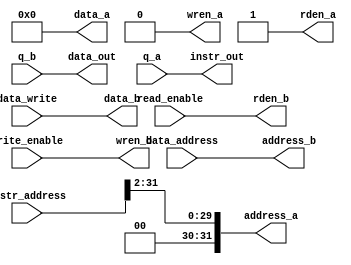
module memory_interface(

	// Processor Side Interface
		// Instruction Interface
		input		[31:0]	instr_address,
		
		output	[31:0]	instr_out,
		
		// Data Interface
		input		[31:0]	data_address,
		input		[31:0]	data_write,
		input					write_enable,
		input					read_enable,
		
		output	[31:0]	data_out,
	
	// Memory Side Interface
		// Instruction interface
		output	[31:0]	data_a,
		output	[31:0]	address_a,
		output				wren_a,
		output				rden_a,
		
		input		[31:0]	q_a,
		
		// Data interface
		output	[31:0]	data_b,
		output	[31:0]	address_b,
		output				wren_b,
		output				rden_b,
		
		input		[31:0]	q_b
);

assign address_a = instr_address >> 2;
assign instr_out = q_a;
assign wren_a = 1'b0;
assign rden_a = 1'b1;
assign data_a = 32'b0;

assign address_b = data_address;
assign data_out = q_b;
assign wren_b = write_enable;
assign rden_b = read_enable;
assign data_b = data_write;


endmodule